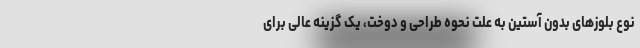
نوع بلوزهای بدون آستین به علت نحوه طراحی و دوخت، یک گزینه عالی برای